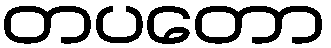
တပတော